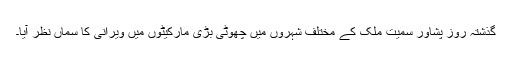
گذشتہ روز پشاور سمیت ملک کے مختلف شہروں میں چھوٹی بڑی مارکیٹوں میں ویرانی کا سماں نظر آیا۔